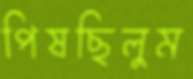
পিষছিলুম